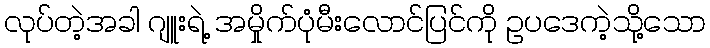
လုပ်တဲ့အခါ ဂျူးရဲ့ အမှိုက်ပုံမီးလောင်ပြင်ကို ဥပဒေကဲ့သို့သော